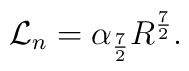
{\cal {L}}_{n}= \alpha _{\frac {7}{2}} R^{\frac {7}{2}} .